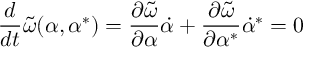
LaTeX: \frac { d } { d t } \widetilde \omega ( \alpha , \alpha ^ { * } ) = \frac { \partial \widetilde \omega } { \partial \alpha } \dot { \alpha } + \frac { \partial \widetilde \omega } { \partial \alpha ^ { * } } \dot { \alpha } ^ { * } = 0